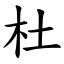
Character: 杜